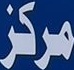
مركز